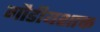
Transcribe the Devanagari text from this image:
गौडीयशाक्त